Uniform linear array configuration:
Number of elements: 12
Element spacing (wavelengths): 1
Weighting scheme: blackman
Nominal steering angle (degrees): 30
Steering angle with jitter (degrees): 28.977
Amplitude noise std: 0.05
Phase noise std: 0.05

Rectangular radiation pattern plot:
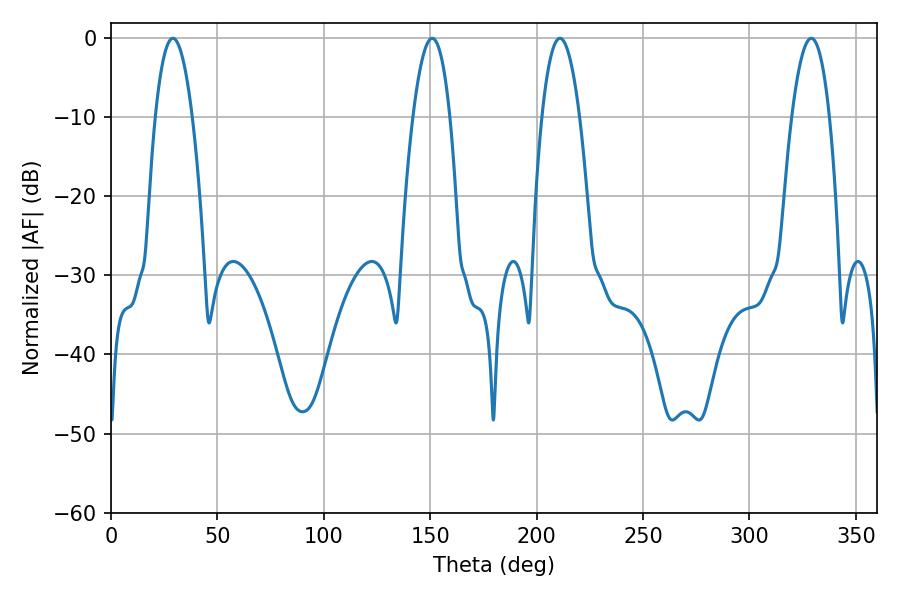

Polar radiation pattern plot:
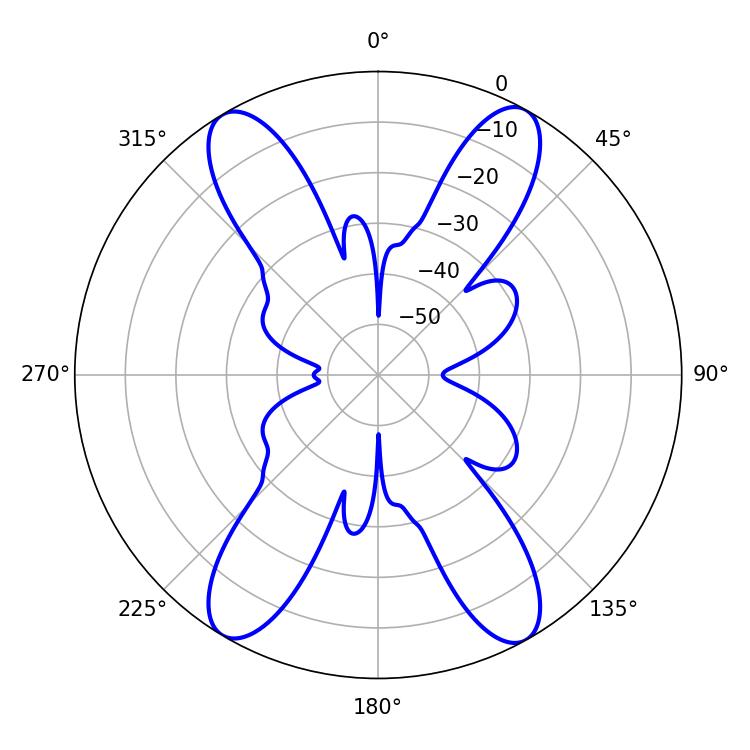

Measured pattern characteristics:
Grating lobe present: TRUE
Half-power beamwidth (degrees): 9.9
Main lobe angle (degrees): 210.96